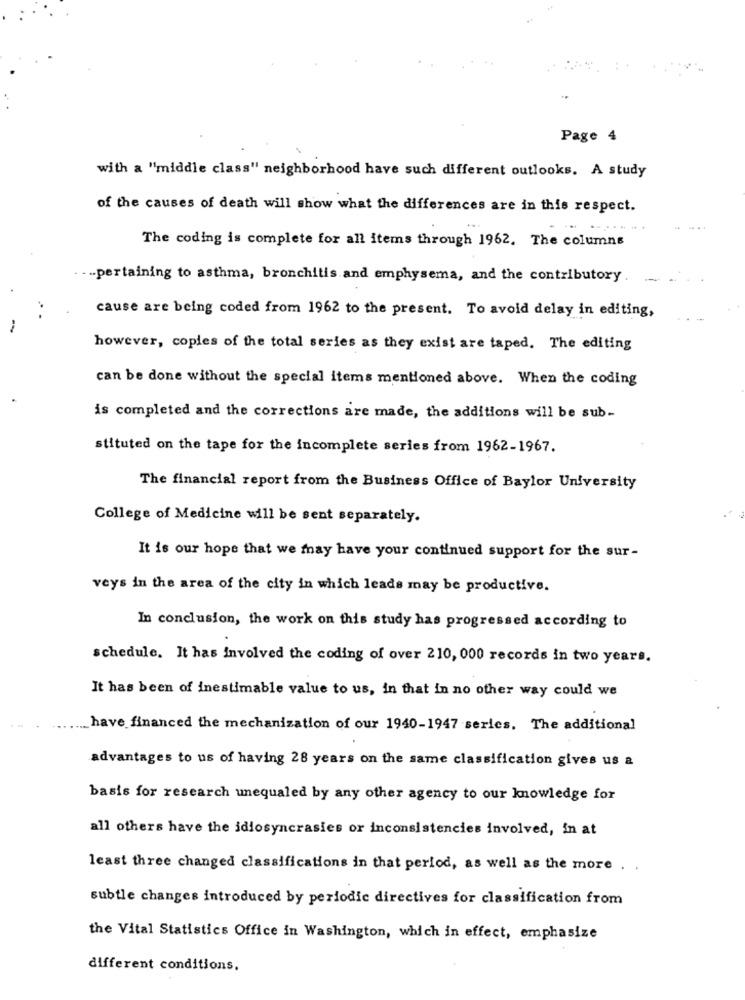
Page 4
with a "middle class" neighborhood have such different outlooks. A study
of the causes of death will show what the differences are in this respect.
The coding is complete for all items through 1962. The columns
-pertaining to asthma, bronchitis and emphysema, and the contributory.
-
cause are being coded from 1962 to the present. To avoid delay in editing,
however, copies of the total series as they exist are taped. The editing
can be done without the special items mentioned above. When the coding
is completed and the corrections are made, the additions will be sub-
stituted on the tape for the incomplete series from 1962-1967.
The financial report from the Business Office of Baylor University
College of Medicine will be sent separately.
It is our hope that we may have your continued support for the sur-
veys in the area of the city in which leads may be productive.
In conclusion, the work on this study has progressed according to
schedule. It has involved the coding of over 210, 000 records in two years.
It has been of inestimable value to us, in that in no other way could we
have financed the mechanization of our 1940-1947 series. The additional
advantages to us of having 28 years on the same classification gives us a
basis for research unequaled by any other agency to our knowledge for
all others have the idiosyncrasies or inconsistencies involved, in at
least three changed classifications in that period, as well as the more .
subtle changes introduced by periodic directives for classification from
the Vital Statistics Office in Washington, which in effect, emphasize
different conditions.